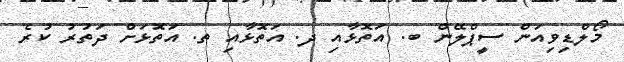
މޯލްޑިވިއަން ސީޕްލޭން ބ. އަތޮޅާއި ދ. އަތޮޅާއި ތ. އަތޮޅަށް ދަތުރު ކުރެ